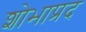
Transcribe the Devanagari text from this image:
शोभाप्रद